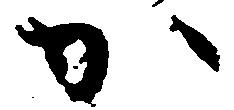
か